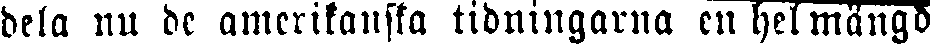
dela nu de amerikanska tidningarna en hel mängd